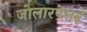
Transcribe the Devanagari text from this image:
जोलारपेत्तई